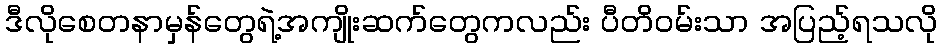
ဒီလိုစေတနာမှန်တွေရဲ့အကျိုးဆက်တွေကလည်း ပီတိဝမ်းသာ အပြည့်ရသလို